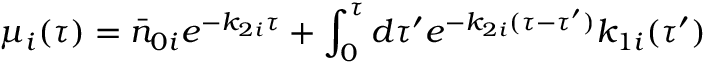
\mu _ { i } ( \tau ) = \bar { n } _ { 0 i } e ^ { - k _ { 2 i } \tau } + \int _ { 0 } ^ { \tau } d \tau ^ { \prime } e ^ { - k _ { 2 i } ( \tau - \tau ^ { \prime } ) } k _ { 1 i } ( \tau ^ { \prime } )